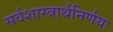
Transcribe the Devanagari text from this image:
सर्वशास्त्रार्थनिर्णयः